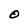
Character: O